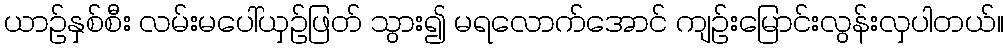
ယာဉ်နှစ်စီး လမ်းမပေါ်ယှဉ်ဖြတ် သွား၍ မရလောက်အောင် ကျဉ်းမြောင်းလွန်းလှပါတယ်။